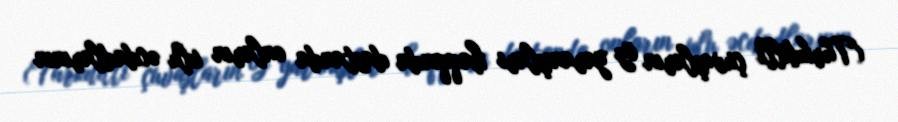
(Türkdilli çuvaşların öz yaranışları haqqında dastanda onların ulu əcdadlarının